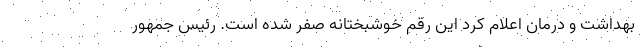
بهداشت و درمان اعلام کرد این رقم خوشبختانه صفر شده است. رئیس جمهور